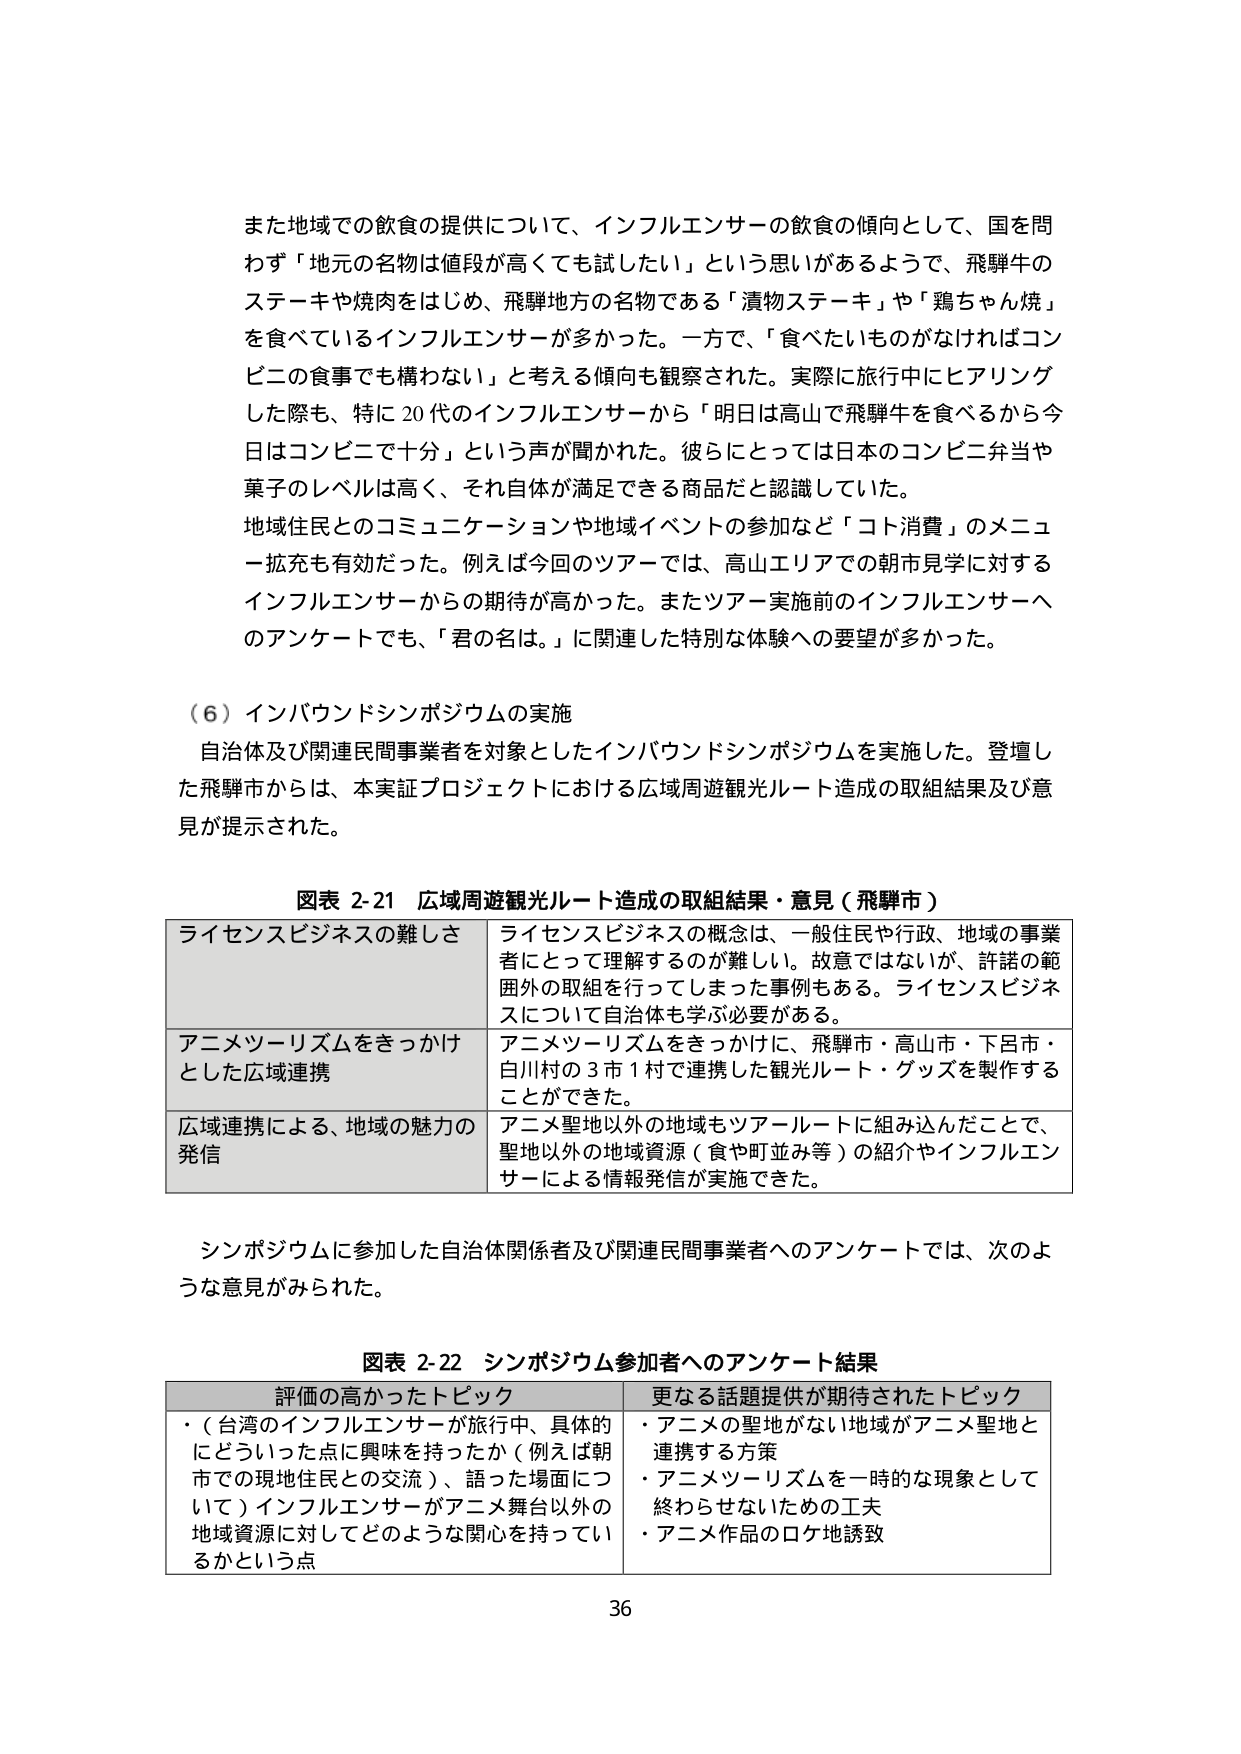
また地域での飲食の提供について、インフルエンサーの飲食の傾向として、国を問わず「地元の名物は値段が高くても試したい」という思いがあるようで、飛騨牛のステーキや焼肉をはじめ、飛騨地方の名物である「漬物ステーキ」や「鶏ちゃん焼」を食べているインフルエンサーが多かった。一方で、「食べたいものがなければコンビニの食事でも構わない」と考える傾向も観察された。実際に旅行中にヒアリングした際も、特に20代のインフルエンサーから「明日は高山で飛騨牛を食べるから今日はコンビニで十分」という声が聞かれた。彼らにとっては日本のコンビニ弁や菓子のレベルは高く、それ自体が満足できる商品だと認識していた。

地域住民とのコミュニケーションや地域イベントの参加など「コト消費」のメニュー拡充も有効だった。例えば今回のツアーでは、高山エリアでの朝市見学に対するインフルエンサーからの期待が高かった。またツアー実施前のインフルエンサーへのアンケートでも、「君の名は。」に関連した特別な体験への要望が多かった。

（６）インバウンドシンポジウムの実施
自治体及び関連民間事業者を対象としたインバウンドシンポジウムを実施した。登壇した飛騨市からは、本実証プロジェクトにおける広域周遊観光ルート造成の取組結果及び意見が提示された。

図表 2-21 広域周遊観光ルート造成の取組結果・意見（飛騨市）
| ライセンスビジネスの難しさ | ライセンスビジネスの概念は、一般住民や行政、地域の事業者にとって理解するのが難しい。故意ではないが、許諾の範囲外の取組を行ってしまった事例もある。ライセンスビジネスについて自治体も学ぶ必要がある。 |
| アニメツーリズムをきっかけとした広域連携 | アニメツーリズムをきっかけに、飛騨市・高山市・下呂市・白川村の3市1村で連携した観光ルート・グッズを製作することができた。 |
| 広域連携による、地域の魅力の発信 | アニメ聖地以外の地域もツアールートに組み込んだことで、聖地以外の地域資源（食や町並み等）の紹介やインフルエンサーによる情報発信が実施できた。 |

シンポジウムに参加した自治体関係者及び関連民間事業者へのアンケートでは、次のような意見がみられた。

図表 2-22 シンポジウム参加者へのアンケート結果
| 評価の高かったトピック | 更なる話題提供が期待されたトピック |
| :--- | :--- |
| ・（台湾のインフルエンサーが旅行中、具体的にどういった点に興味を持ったか（例えば朝市での現地住民との交流）、語った場面について）インフルエンサーがアニメ舞台以外の地域資源に対してどのような関心を持っているかという点 | ・アニメの聖地がない地域がアニメ聖地と連携する方策<br>・アニメツーリズムを一時的な現象として終わらせないための工夫<br>・アニメ作品のロケ地誘致 |

36